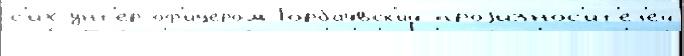
с'их у́нт'ер-оф'ице́ром Горбач́вск'ий проjизнос'ит'ел'ей